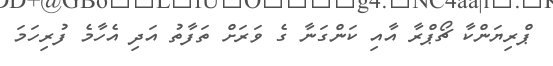
ޕްރިޔަންކާ ޗޯޕްރާ އާއި ކަންގަނާ ގެ ވަރަށް ތަފާތު އަދި އެހާމެ ފުރިހަމަ